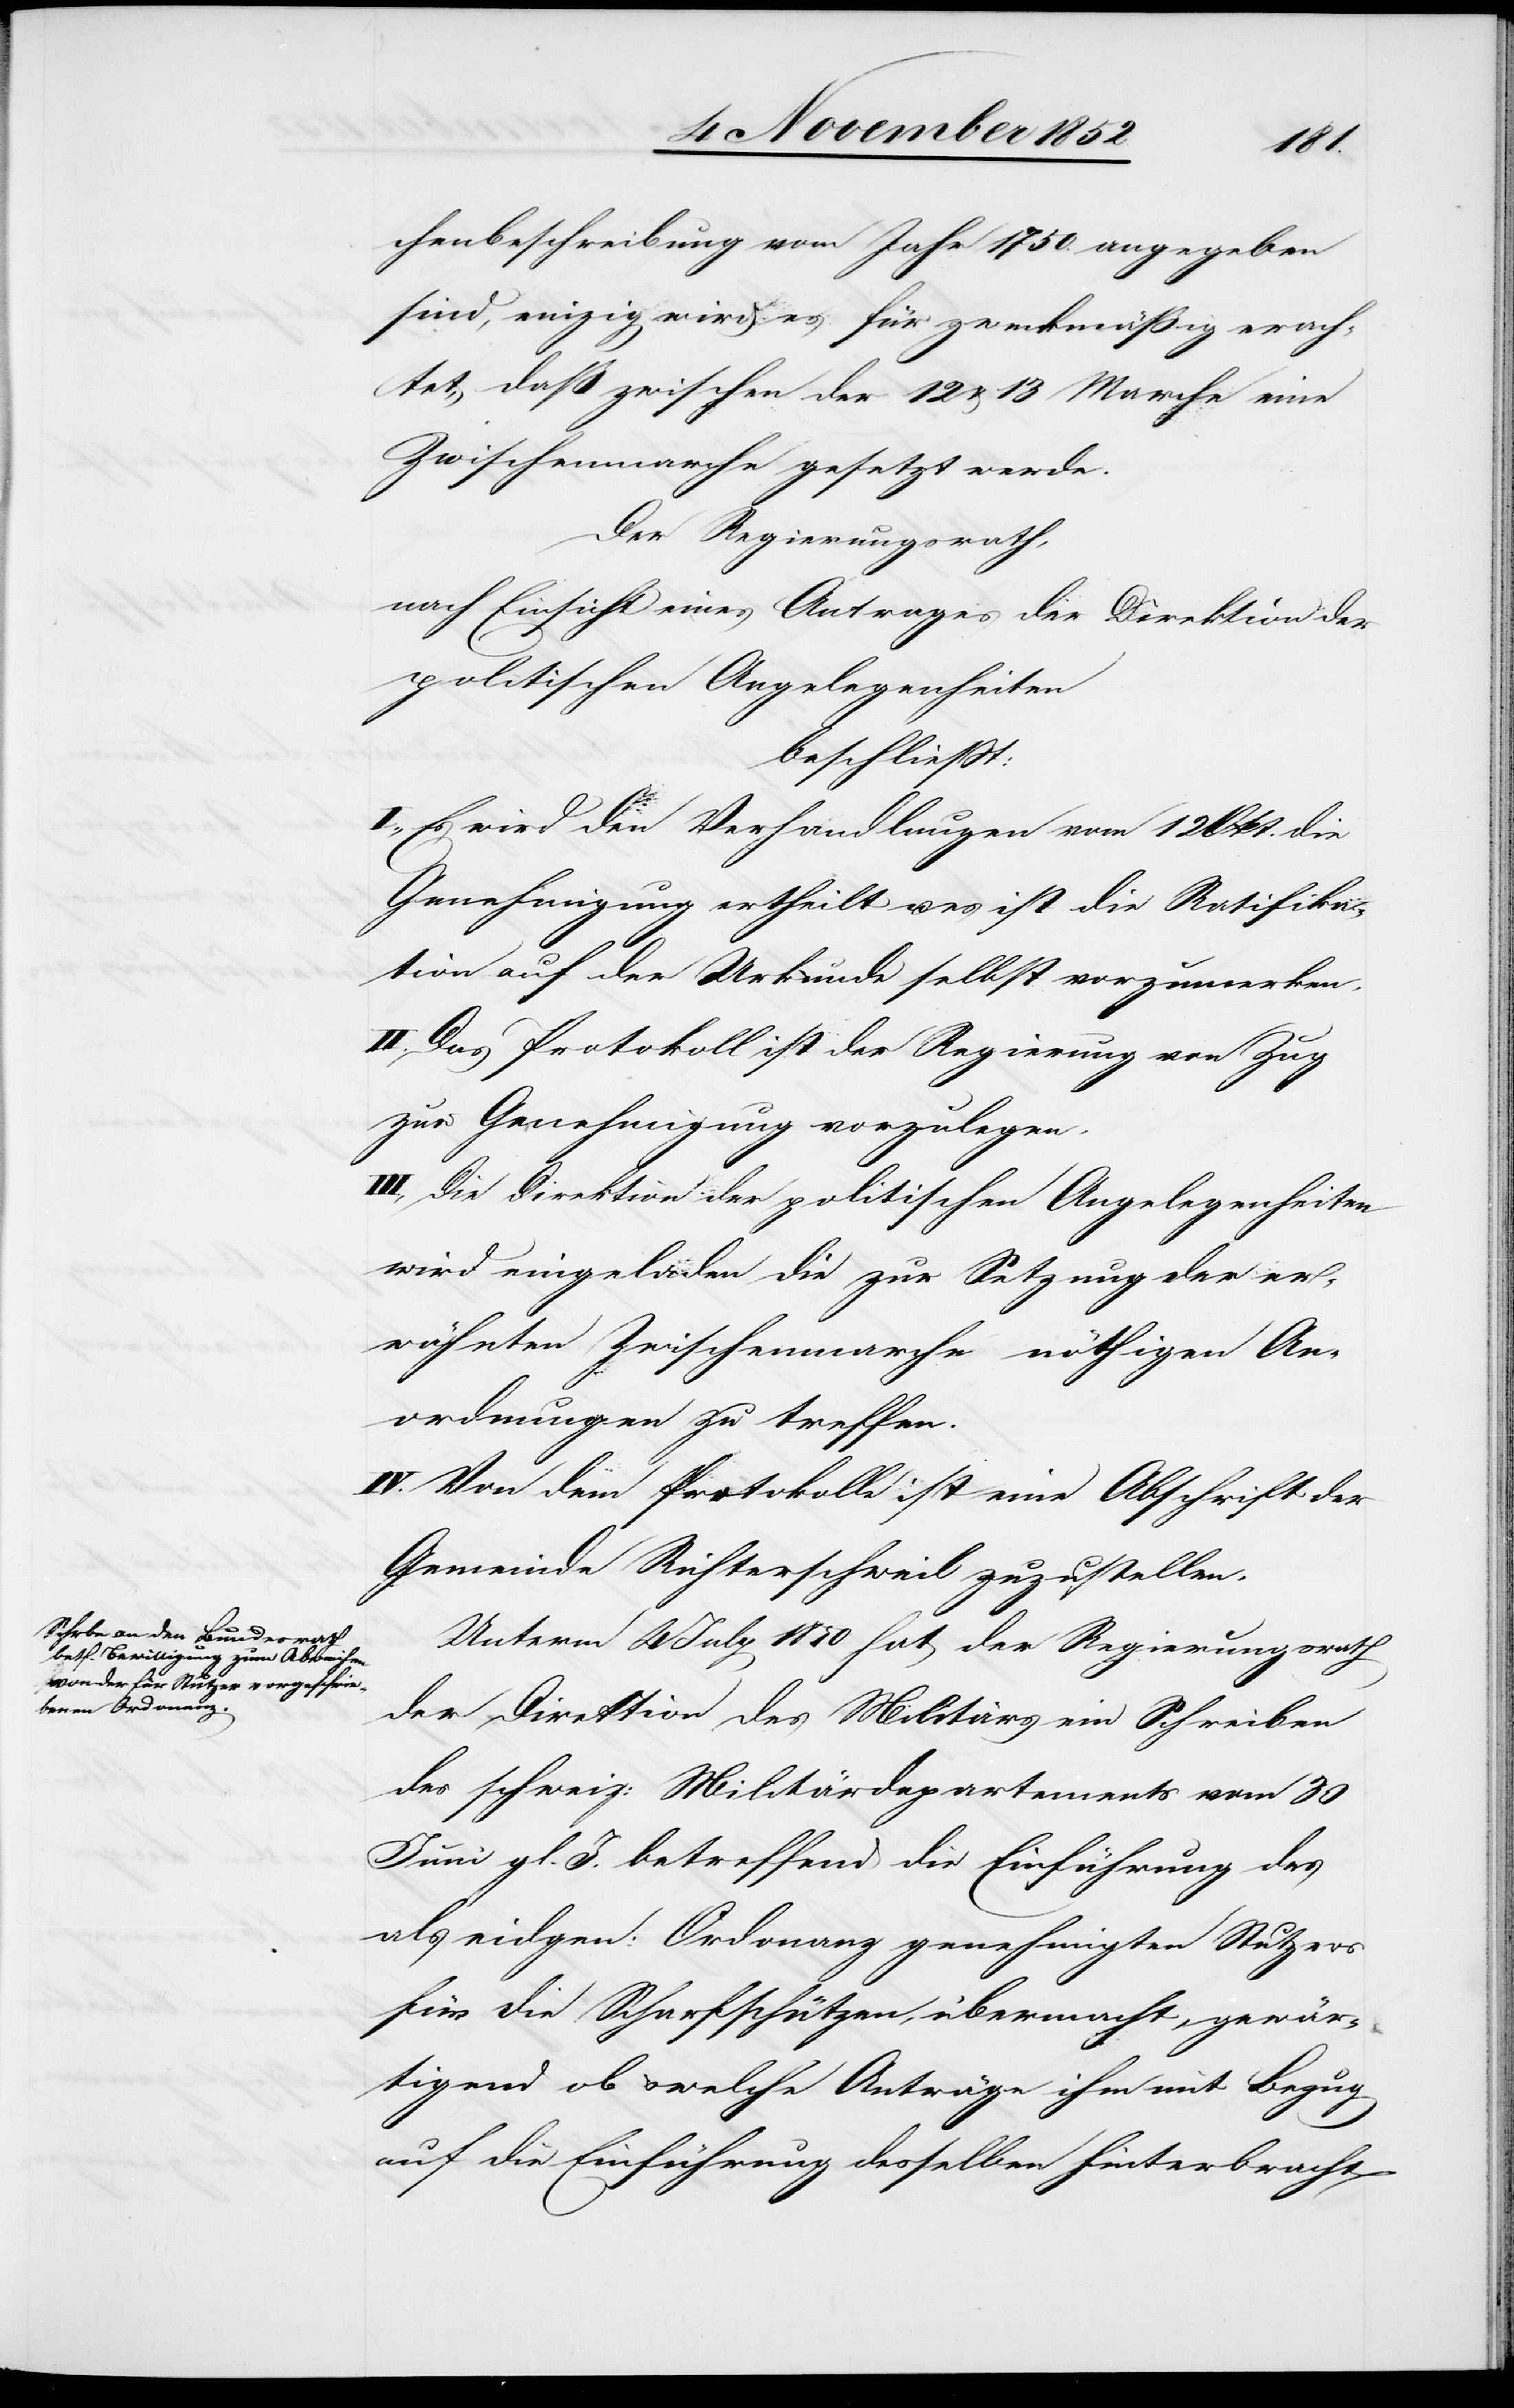
chenbeschreibung vom Jahre 1750. angegeben
sind, einzig wird es für zweckmäßig erach¬
tet, daß zwischen der 12 & 13 Marche eine
Zwischenmarche gesetzt werde.
Der Regierungsrath,
nach Einsicht eines Antrages der Direktion der
politischen Angelegenheiten
beschließt:
I., Es wird den Verhandlungen vom 12 Okt. die
Genehmigung ertheilt u. es ist die Ratifika¬
tion auf der Urkunde selbst vorzumerken.
II. Das Protokoll ist der Regierung von Zug
zur Genehmigung vorzulegen.
III., Die Direktion der politischen Angelegenheiten
wird eingeladen die zur Setzung der er¬
wähnten Zwischenmarche nöthigen An¬
ordnungen zu treffen.
IV. Von dem Protokolle ist eine Abschrift der
Gemeinde Richterschweil zuzustellen.
Unterm 4 July 1850 hat der Regierungsrath
der Direktion des Militärs ein Schreiben
des schweiz: Militärdepartements vom 30
Juni gl. J. betreffend die Einführung des
als eidgen: Ordonanz genehmigten Stutzers
für die Scharfschützen, übermacht, gewär¬
tigend ob & welche Anträge ihm mit Bezug
auf die Einführung desselben hinterbracht